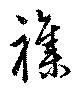
襍